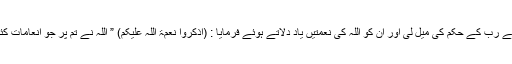
اس لئے موسیٰ نے اپنے رب کے حکم کی میل لی اور ان کو اللہ کی نعمتیں یاد دلاتے ہوئے فرمایا : (اذکروا نعمۃ اللہ علیکم) ” اللہ نے تم پر جو انعامات کئے ہیں ان کو یاد کرو۔